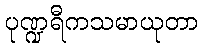
ပုဏ္ဍရီကသမာယုတာ